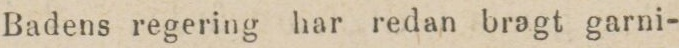
Badens regering har redan bragt garni-